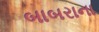
બાબરાના